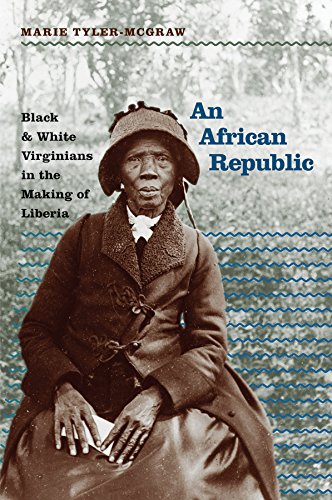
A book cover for An African Republic: Black and White Virginians in the Making of Liberia (The John Hope Franklin Series in African American History and Culture); Marie Tyler-McGraw; Travel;